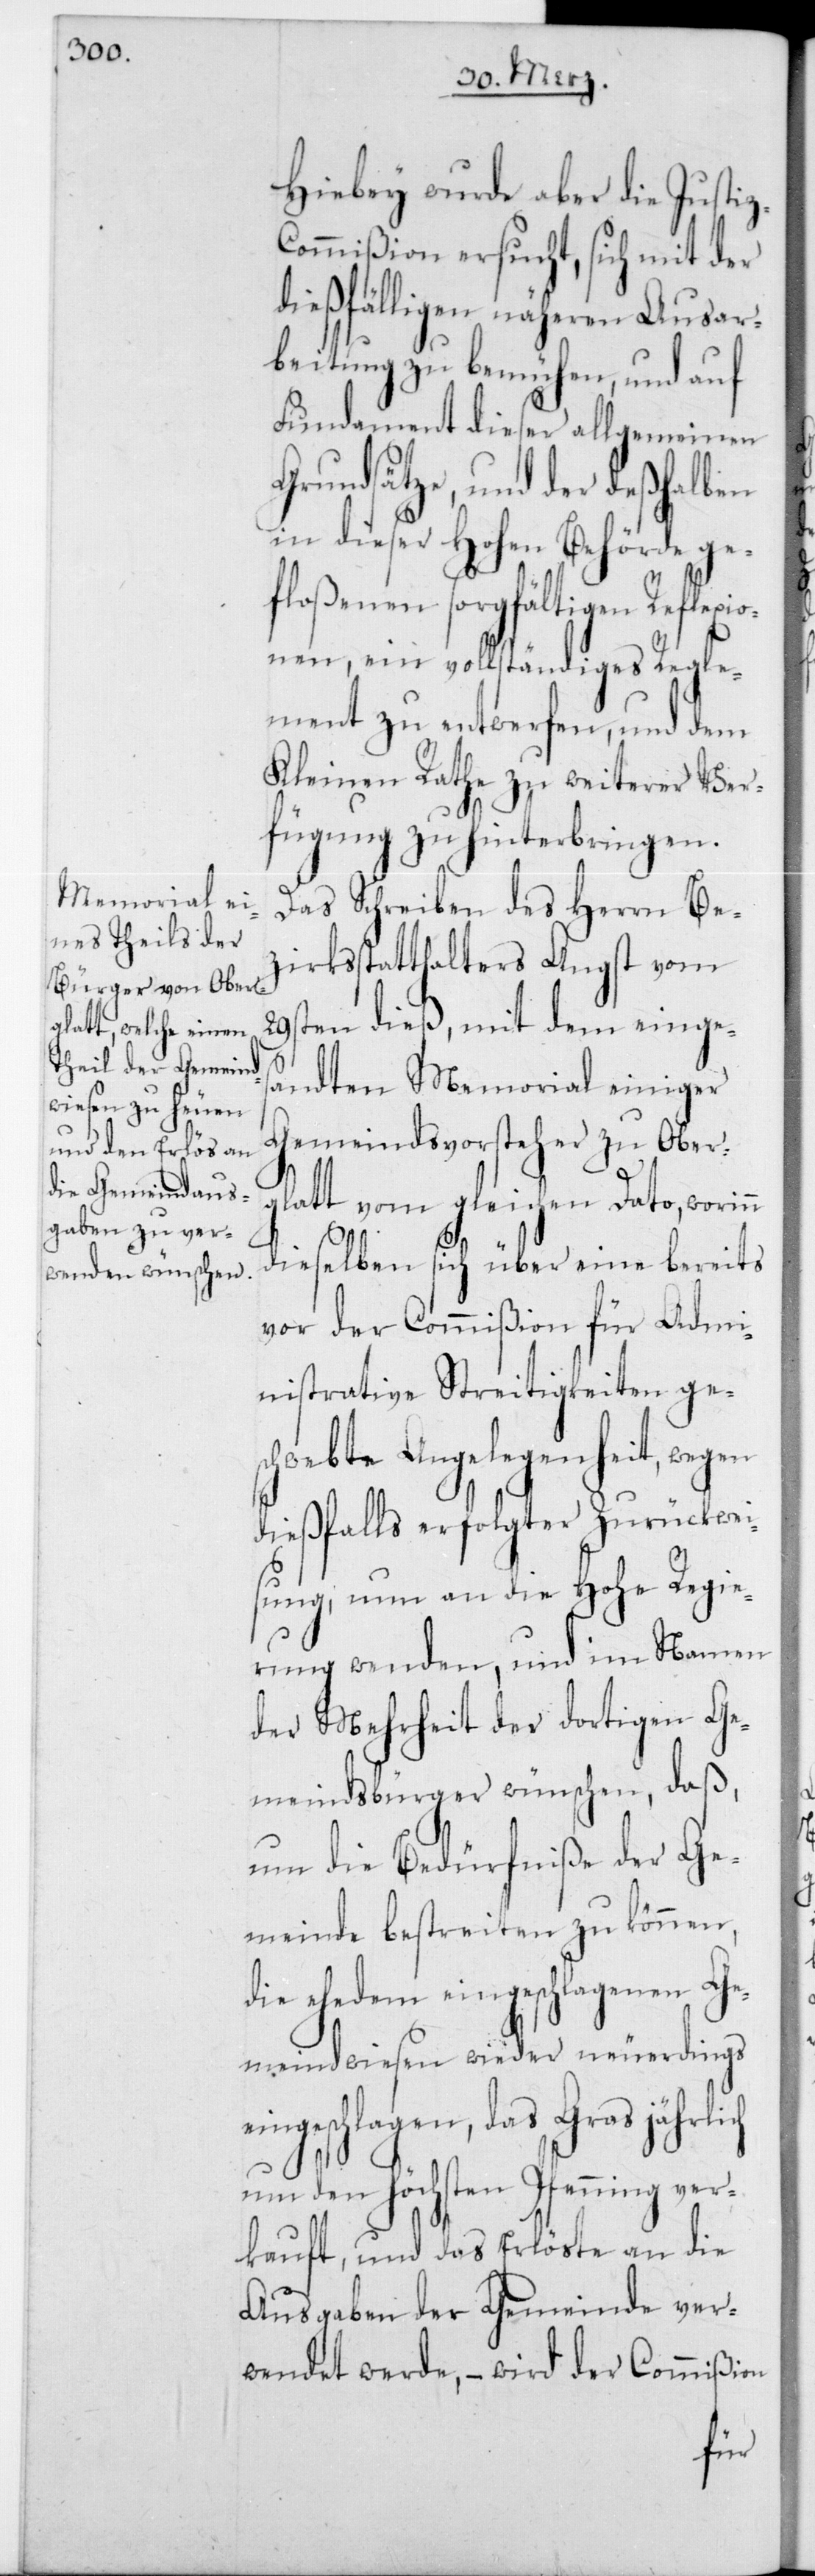
Hiebey wurde aber die Justi¬
ommißion ersucht, sich mit der
dießfälligen näheren Ausar¬
beitung zu bemühen, und auf
Fundament dieser allgemeinen
Grundsätze, und der deßhalben
in dieser Hohen Behörde ge¬
floßenen sorgfältigen Reflexio¬
nen, ein vollständiges Regl¬
ement zu entwerfen, und dem
Kleinen Rathe zu weiterer Ver¬
fügung zu hinterbringen.
Das Schreiben des Herrn Be¬
zirkstatthalters Angst vom
29sten dieß, mit dem einges¬
andten Memorial einiger
Gemeindsvorsteher zu Ober¬
glatt vom gleichen Dato, worinn
dieselben sich über eine bereits
vor der Commißion für Admi¬
nistrative Streitigkeiten ge¬
schwebte Angelegenheit, wegen
dießfalls erfolgter Zurückwei¬
sung, nun an die Hohe Regie¬
rung wenden, und im Namen
der Mehrheit der dortigen Ge¬
meindsbürger wünschen, daß,
um die Bedürfniße der Ge¬
meinde bestreiten zu können,
die ehedem eingeschlagenen Ge¬
meindwiesen wieder neuerdings
einschlagen, das Gras jährlich
um den höchsten Pfenning ver¬
kauft, und das Erlöste an die
Ausgaben der Gemeinde ver¬
wendet werde, – wird der Commißion
z-C¬